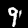
Digit: 9